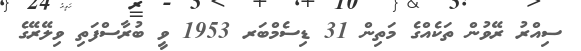
ސިއްރު ރޭވުން ތަކެއްގެ މަތިން 31 ޑިސެމްބަރ 1953 ވީ ބުރާސްފަތި ވިލޭރޭގެ